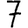
Digit: 7